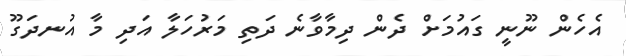
އެހެން ނޫނީ ގައުމަށް ދެން ދިމާވާނެ ދަތި މަރުހަލާ އަދި މާ އުނދަގޫ